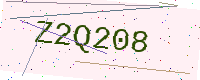
Text: Z2Q208